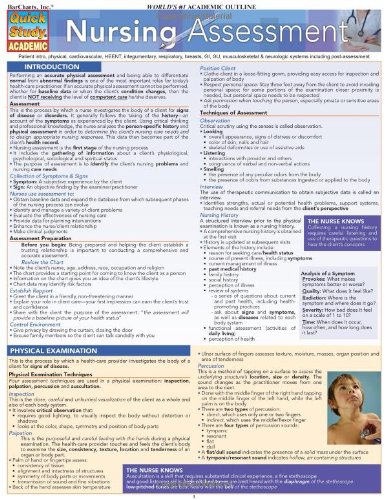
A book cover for Nursing: Assessment (Quickstudy: Academic); Inc. BarCharts; Medical Books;